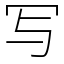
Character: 写